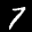
Label: 7